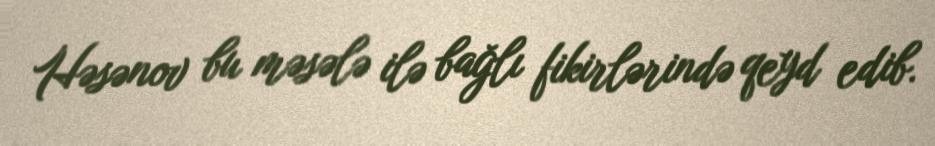
Həsənov bu məsələ ilə bağlı fikirlərində qeyd edib.